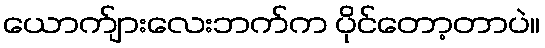
ယောက်ျားလေးဘက်က ပိုင်တော့တာပဲ။